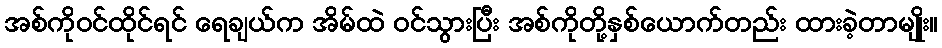
အစ်ကိုဝင်ထိုင်ရင် ရေချယ်က အိမ်ထဲ ဝင်သွားပြီး အစ်ကိုတို့နှစ်ယောက်တည်း ထားခဲ့တာမျိုး။